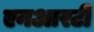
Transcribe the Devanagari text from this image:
एनआरटी